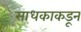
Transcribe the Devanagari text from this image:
साधकाकडून